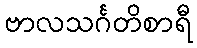
ဗာလသင်္ဂတိစာရီ